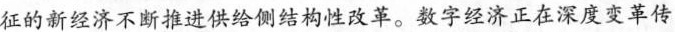
征的新经济不断推进供给侧结构性改革。数字经济正在深度变革传